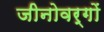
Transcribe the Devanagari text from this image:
जीनोवर्गों